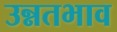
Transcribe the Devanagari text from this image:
उन्नतभाव